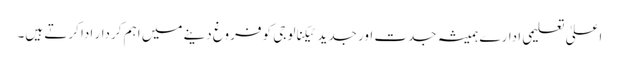
اعلیٰ تعلیمی ادارے ہمیشہ جدت اور جدید ٹیکنالوجی کو فروغ دینے میں اہم کردار ادا کرتے ہیں۔